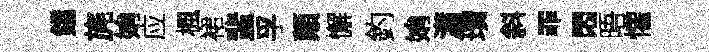
鐺旄姢应楓裙蜚孚顛懈釣姢瀟瓚斜罪悶晤懽